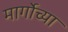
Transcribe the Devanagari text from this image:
मार्गोच्या